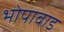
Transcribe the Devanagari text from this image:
भोपावाड